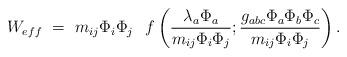
LaTeX: \begin{align*}W_{eff} ~=~ m_{ij} \Phi_i \Phi_j \hspace{.3cm}f\left( \frac{\lambda_{a} \Phi_a}{m_{ij} \Phi_i \Phi_j} ; \frac{g_{abc}\Phi_a \Phi_b\Phi_c} {m_{ij} \Phi_i \Phi_j} \right) .\end{align*}